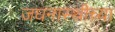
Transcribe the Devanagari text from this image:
जघनास्थीच्या